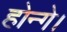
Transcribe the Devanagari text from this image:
होन्गे।